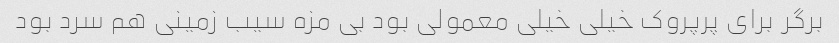
برگر برای پرپروک خیلی خیلی معمولی بود بی مزه سیب زمینی هم سرد بود